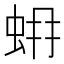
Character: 𧊨